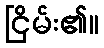
ငြိမ်း၏။